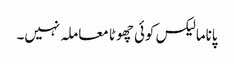
پاناما لیکس کوئی چھوٹا معاملہ نہیں۔